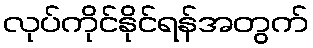
လုပ်ကိုင်နိုင်ရန်အတွက်